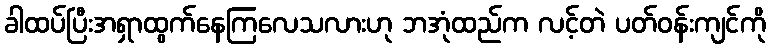
ခါထပ်ပြီးအရှာထွက်နေကြလေသလားဟု ဘအုံထည်က လင့်တဲ ပတ်ဝန်းကျင်ကို